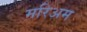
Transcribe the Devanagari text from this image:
मरिअम